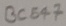
Text: BC547